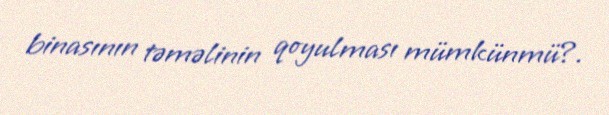
binasının təməlinin qoyulması mümkünmü?.